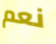
نعم